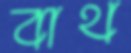
বাথ